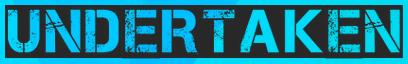
UNDERTAKEN